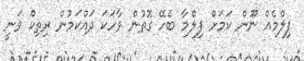
ފިލްމެއް ނޫން ކަމަށް ފިލްމާ ބެހޭ ގޮތުން ވާހަކަ ދައްކަމުން ރިތިކް ވަނީ